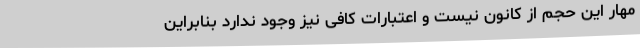
مهار این حجم از کانون نیست و اعتبارات کافی نیز وجود ندارد بنابراین